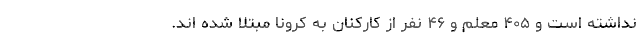
نداشته است و ۴۰۵ معلم و ۴۶ نفر از کارکنان به کرونا مبتلا شده اند.